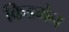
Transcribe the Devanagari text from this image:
किडमेन